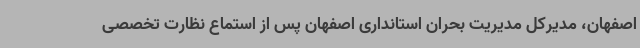
اصفهان، مدیرکل مدیریت بحران استانداری اصفهان پس از استماع نظارت تخصصی